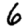
Digit: 6